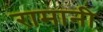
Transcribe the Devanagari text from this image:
रामानी